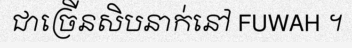
ជាច្រើនសិបនាក់នៅ FUWAH ។